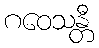
ဂဝေသန္တီ